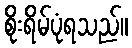
စိုးရိမ်ပုံရသည်။